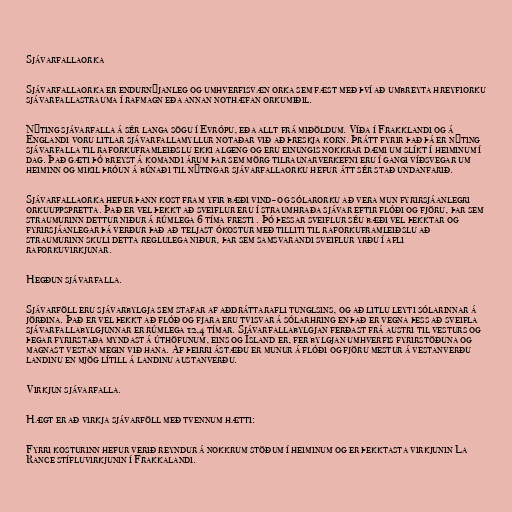
Sjávarfallaorka

Sjávarfallaorka er endurnýjanleg og umhverfisvæn orka sem fæst með því að umbreyta hreyfiorku
sjávarfallastrauma í rafmagn eða annan nothæfan orkumiðil.

Nýting sjávarfalla á sér langa sögu í Evrópu, eða allt frá miðöldum. Víða í Frakklandi og á
Englandi voru litlar sjávarfallamyllur notaðar við að þreskja korn. Þrátt fyrir það þá er nýting
sjávarfalla til raforkuframleiðslu ekki algeng og eru einungis nokkrar dæmi um slíkt í heiminum í
dag. Það gæti þó breyst á komandi árum þar sem mörg tilraunarverkefni eru í gangi víðsvegar um
heiminn og mikil þróun á búnaði til nýtingar sjávarfallaorku hefur átt sér stað undanfarið.

Sjávarfallaorka hefur þann kost fram yfir bæði vind- og sólarorku að vera mun fyrirsjáanlegri
orkuuppspretta. Það er vel þekkt að sveiflur eru í straumhraða sjávar eftir flóði og fjöru, þar sem
straumurinn dettur niður á rúmlega 6 tíma fresti . Þó þessar sveiflur séu bæði vel þekktar og
fyrirsjáanlegar þá verður það að teljast ókostur með tilliti til raforkuframleiðslu að
straumurinn skuli detta reglulega niður, þar sem samsvarandi sveiflur yrðu í afli
raforkuvirkjunar.

Hegðun sjávarfalla.

Sjávarföll eru sjávarbylgja sem stafar af aðdráttarafli tunglsins, og að litlu leyti sólarinnar á
jörðina. Það er vel þekkt að flóð og fjara eru tvisvar á sólarhring en það er vegna þess að sveifla
sjávarfallabylgjunnar er rúmlega 12,4 tímar. Sjávarfallabylgjan ferðast frá austri til vesturs og
þegar fyrirstaða myndast á úthöfunum, eins og Ísland er, fer bylgjan umhverfis fyrirstöðuna og
magnast vestan megin við hana. Af þeirri ástæðu er munur á flóði og fjöru mestur á vestanverðu
landinu en mjög lítill á landinu austanverðu.

Virkjun sjávarfalla.

Hægt er að virkja sjávarföll með tvennum hætti:

Fyrri kosturinn hefur verið reyndur á nokkrum stöðum í heiminum og er þekktasta virkjunin La
Rance stífluvirkjunin í Frakkalandi.